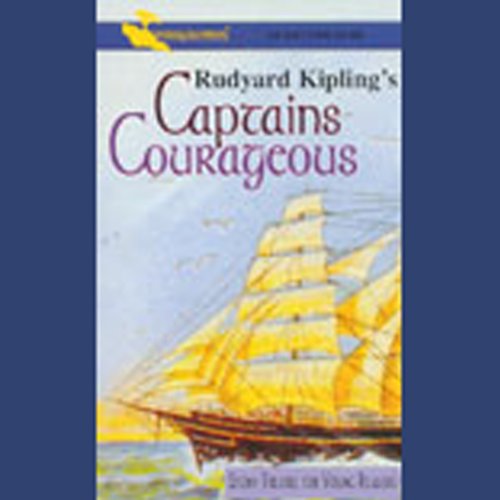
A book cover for Captains Courageous (Dramatized); Rudyard Kipling; Literature & Fiction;